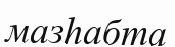
мазһабта